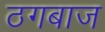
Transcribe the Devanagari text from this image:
ठगबाज